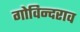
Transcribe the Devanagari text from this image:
गोविन्दराव